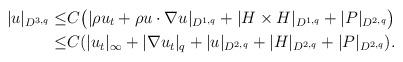
LaTeX: \begin{align*}|u|_{D^{3,q}}\leq& C\big(|\rho u_t+\rho u\cdot\nabla u|_{D^{1,q}}+|H\times H|_{D^{1,q}}+|P|_{D^{2,q}}\big)\\\leq & C(|u_t|_\infty+|\nabla u_t|_q+|u|_{D^{2,q}}+|H|_{D^{2,q}}+|P|_{D^{2,q}}).\end{align*}